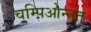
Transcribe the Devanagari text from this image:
चम्पिओन्नत